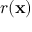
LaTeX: r ( \mathbf { x } )